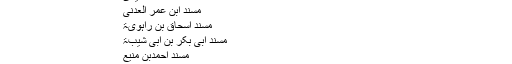
اس کتاب میں دس مسانید کی اصول ستہ پر زائد احادیث جمع کی ہیں:
مسند ابی داؤد الطیالسی
مسند مسدد
مسند الحمیدی
مسند ابن عمر العدنی
مسند اسحاق بن راہویۃ
مسند ابی بکر بن ابی شیبۃ
مسند احمدبن منیع
مسند عبدبن حمید
مسند الحارث بن محمد بن ابی اسامۃ
المسند الکبیر لابی یعلی
iii۔